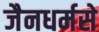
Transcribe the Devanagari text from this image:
जैनधर्मसे